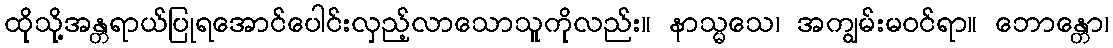
ထိုသို့အန္တရာယ်ပြုရအောင်ပေါင်းလှည့်လာသောသူကိုလည်း။ နာသ္မသေ၊ အကျွမ်းမဝင်ရာ။ ဘောန္တော၊